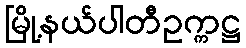
မြို့နယ်ပါတီဥက္ကဋ္ဌ